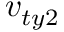
v _ { t y 2 }